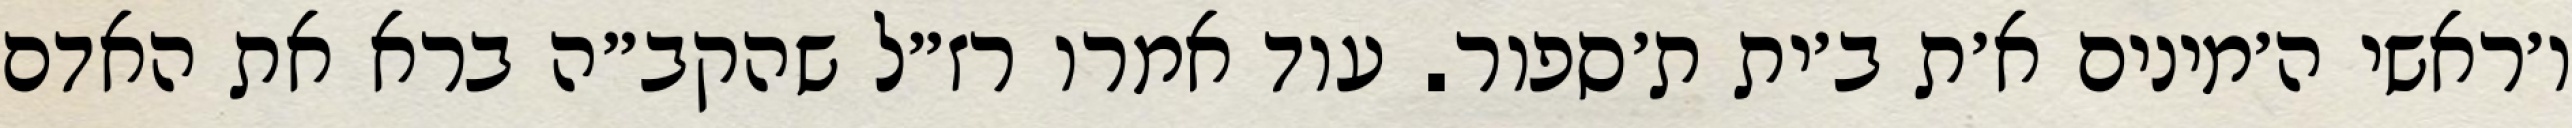
ו׳ראשי ה׳מינים א׳ת ב׳ית ת׳ספור. עוד אמרו רז״ל שהקב״ה ברא את האדם